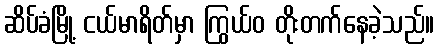
ဆိပ်ခံမြို့ ငယ်မာရိတ်မှာ ကြွယ်ဝ တိုးတက်နေခဲ့သည်။